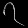
Digit: ၇